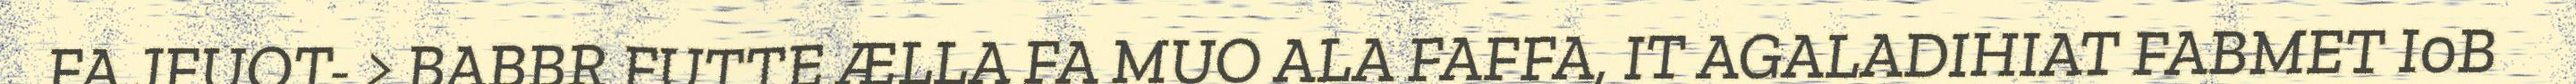
FA JFUOT- > BABBR FUTTE ÆLLA FA MUO ALA FAFFA, IT AGALADIHIAT FABMET I0B